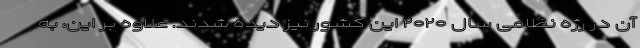
آن در رژه نظامی سال ۲۰۲۰ این کشور نیز دیده شدند. علاوه بر این، به